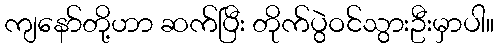
ကျနော်တို့ဟာ ဆက်ပြီး တိုက်ပွဲဝင်သွားဦးမှာပါ။